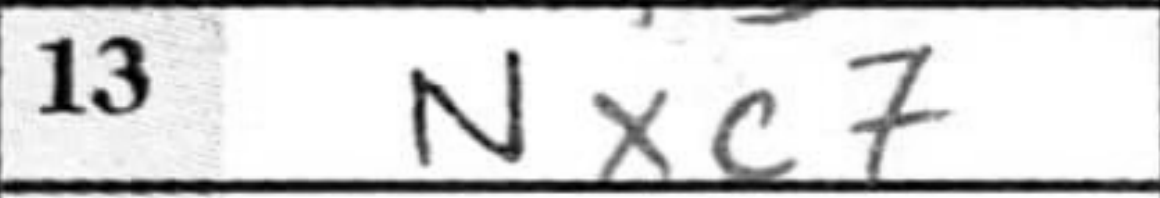
Transcription: Nxc7